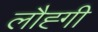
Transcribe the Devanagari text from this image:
लौह्गी